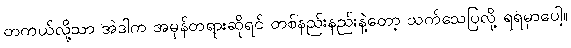
တကယ်လို့သာ အဲဒါက အမှန်တရားဆိုရင် တစ်နည်းနည်းနဲ့တော့ သက်သေပြလို့ ရရမှာပေါ့။